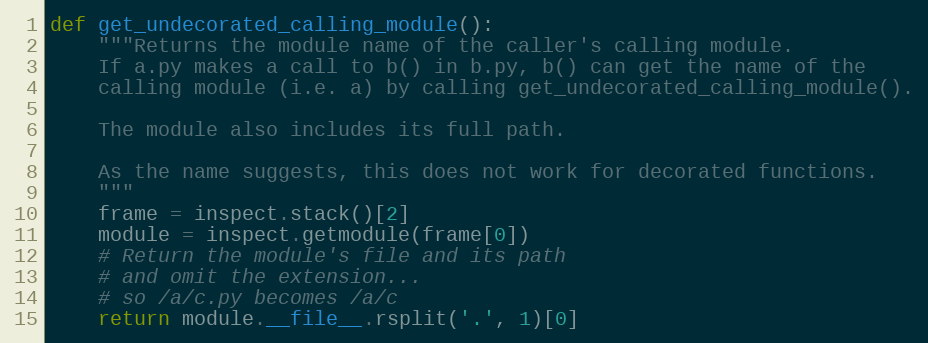
Language: Python
def get_undecorated_calling_module():
    """Returns the module name of the caller's calling module.
    If a.py makes a call to b() in b.py, b() can get the name of the
    calling module (i.e. a) by calling get_undecorated_calling_module().

    The module also includes its full path.

    As the name suggests, this does not work for decorated functions.
    """
    frame = inspect.stack()[2]
    module = inspect.getmodule(frame[0])
    # Return the module's file and its path
    # and omit the extension...
    # so /a/c.py becomes /a/c
    return module.__file__.rsplit('.', 1)[0]